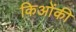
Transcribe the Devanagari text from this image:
किओंकी